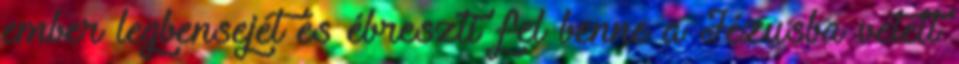
ember legbensejét és ébreszti fel benne a Jézusba vetett